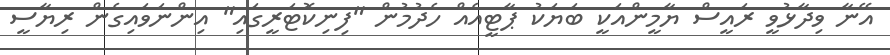
އޭނާ ވިދާޅުވީ ރައީސް ޔާމީންއަކީ ބަޔަކު ޕާޓީއެއް ހެދުމުން "ފިނިކޮޓަރީގައި" އިންނަވައިގެން ރިޔާސީ